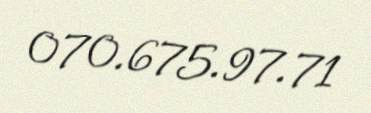
070.675.97.71